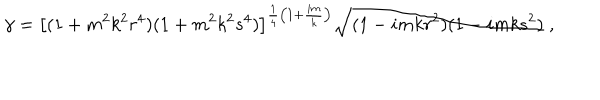
\gamma = \left[ ( 1 + m ^ { 2 } k ^ { 2 } r ^ { 4 } ) ( 1 + m ^ { 2 } k ^ { 2 } s ^ { 4 } ) \right] ^ { \frac { 1 } { 4 } \left( 1 + \frac { i m } { k } \right) } \sqrt { ( 1 - i m k r ^ { 2 } ) ( 1 - i m k s ^ { 2 } ) } \; ,